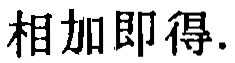
相加即得.